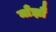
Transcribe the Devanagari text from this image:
माँझौ